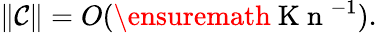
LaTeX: \| \mathcal{C}\| =O(\ensuremath{\mathrm{~K~n~}}^{-1}).